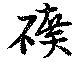
礦